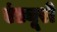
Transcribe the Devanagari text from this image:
एंड्यूरो